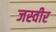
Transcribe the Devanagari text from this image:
जस्वीर